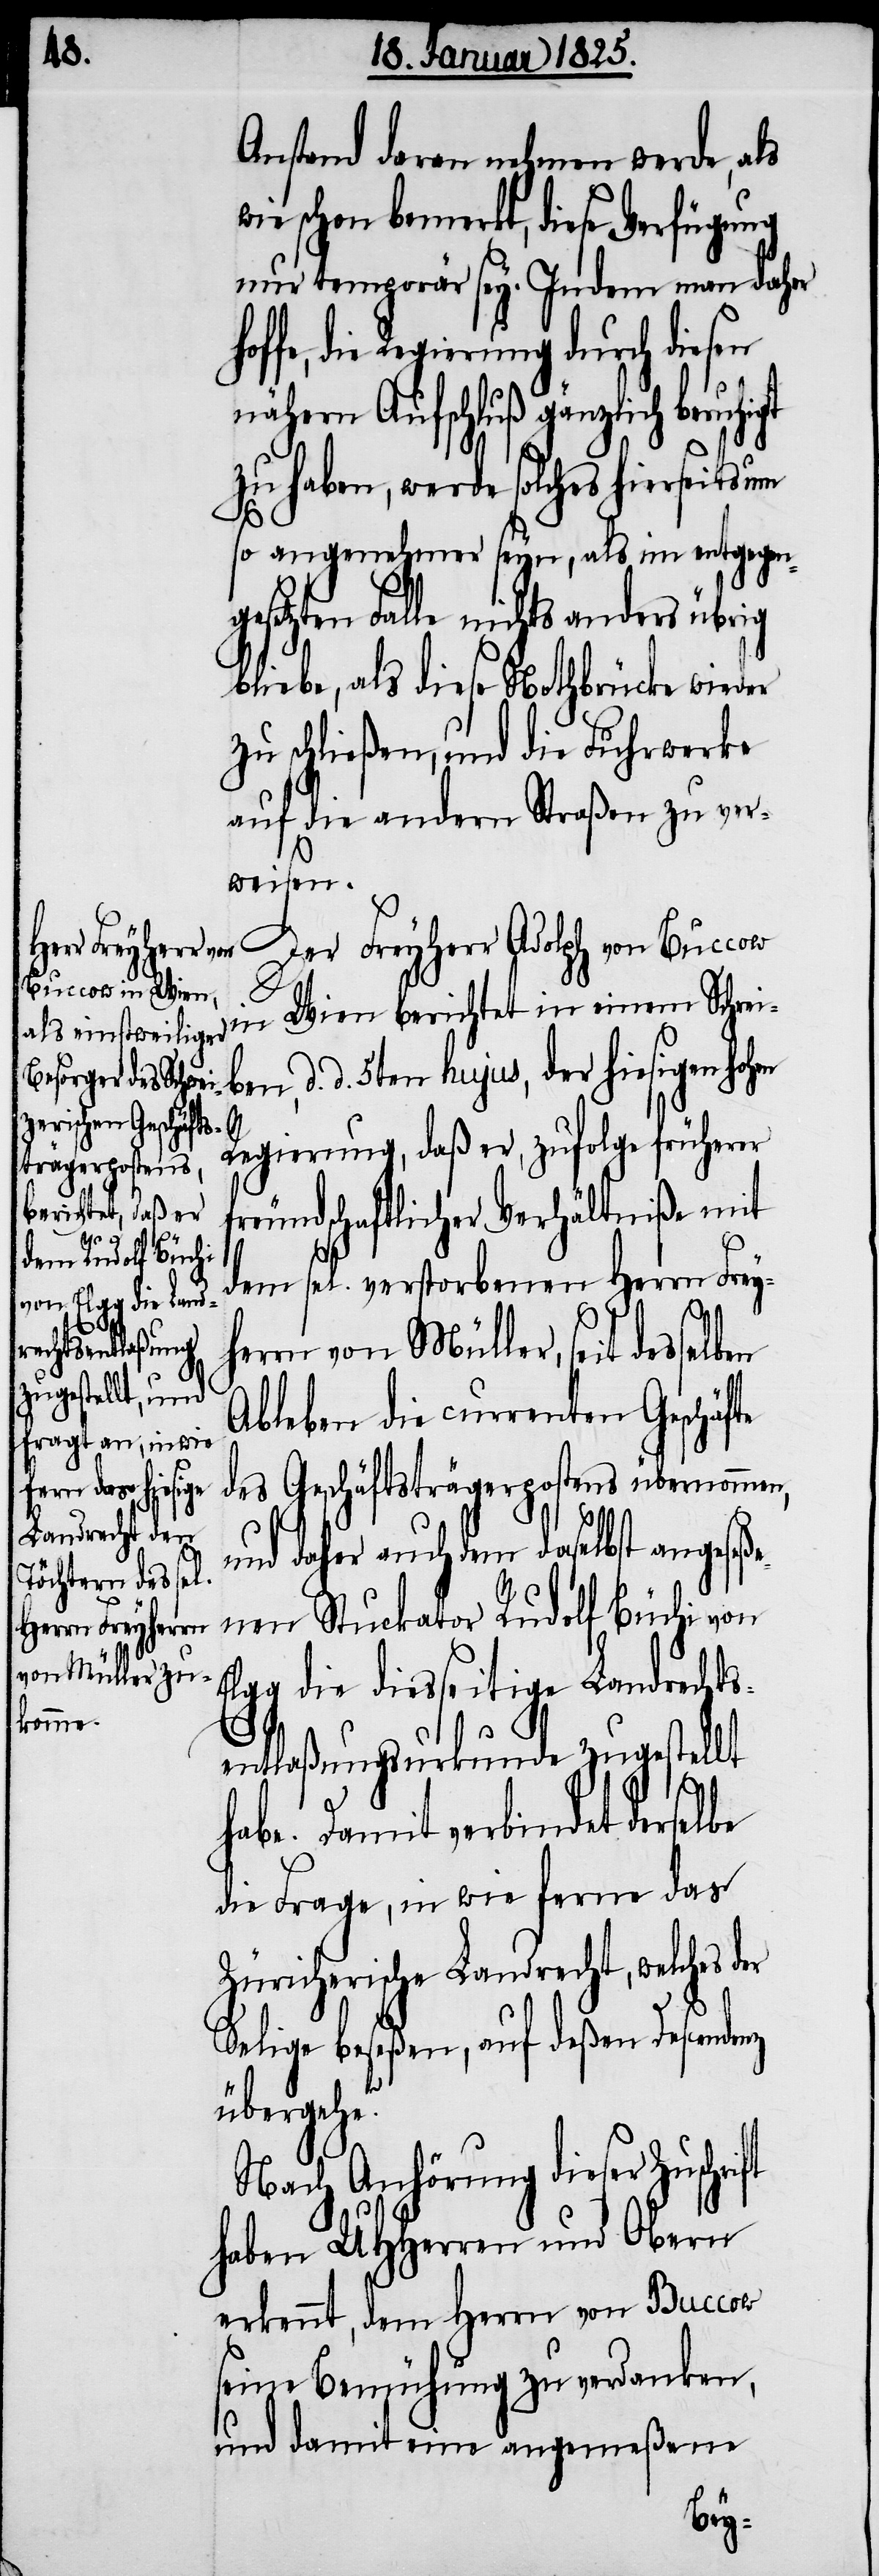
Anstand daran nehmen werde, als
wie schon bemerkt, diese Verfügung
nur temporär sey. Indem man daher
fe, die Regierung durch diesen
nähern Aufschluß gänzlich beruh¬
zu haben, werde solches hierseits um
so angenehmer seyn, als im entgegeng¬
esetzten Falle nichts anderes übrig
bliebe, als diese Nothbrücke wieder
zu schließen, und die Fuhrwerke
auf die andern Straßen zu ver¬
weisen.
Der Freyherr Adolph von Buccow
in Wien berichtet in einem Schrei¬
d. d. 5ten hujus, der hiesigen hohen
Regierung, daß er zufolge früherer
freundschaftlicher Verhältniße mit
igt
dem sel. verstorbenen Herrn Frey¬
ft
rn von Müller, seit desselben
Ableben die currenten Geschäf¬
des Geschäftsträgerpostens übernommen,
te
und daher auch dem daselbst angeseße¬
nen Stuckator Rudolf Büchi von
Elgg die diesseitige Landrechts¬
entlaßungsurkunde zugestellt
habe. Damit verbindet dersel¬
die Frage, in wie ferne das
Züricherische Landrecht, welches der
Selige beseßen, auf deßen Descendenz
übergehe?
Nach Anhörung dieser Zuschri¬
haben UHHerren und Obern
erkennt, dem Herrn von Boccow
seine Bemühung zu verdanken,
und damit eine angemeßene
be